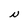
Character: N